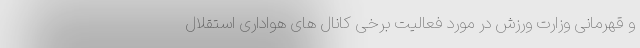
و قهرمانی وزارت ورزش در مورد فعالیت برخی کانال های هواداری استقلال